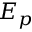
E _ { p }